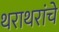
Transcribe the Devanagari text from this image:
थराथरांचे